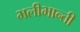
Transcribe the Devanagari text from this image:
भलीभान्ती